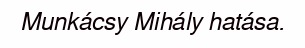
Munkácsy Mihály hatása.